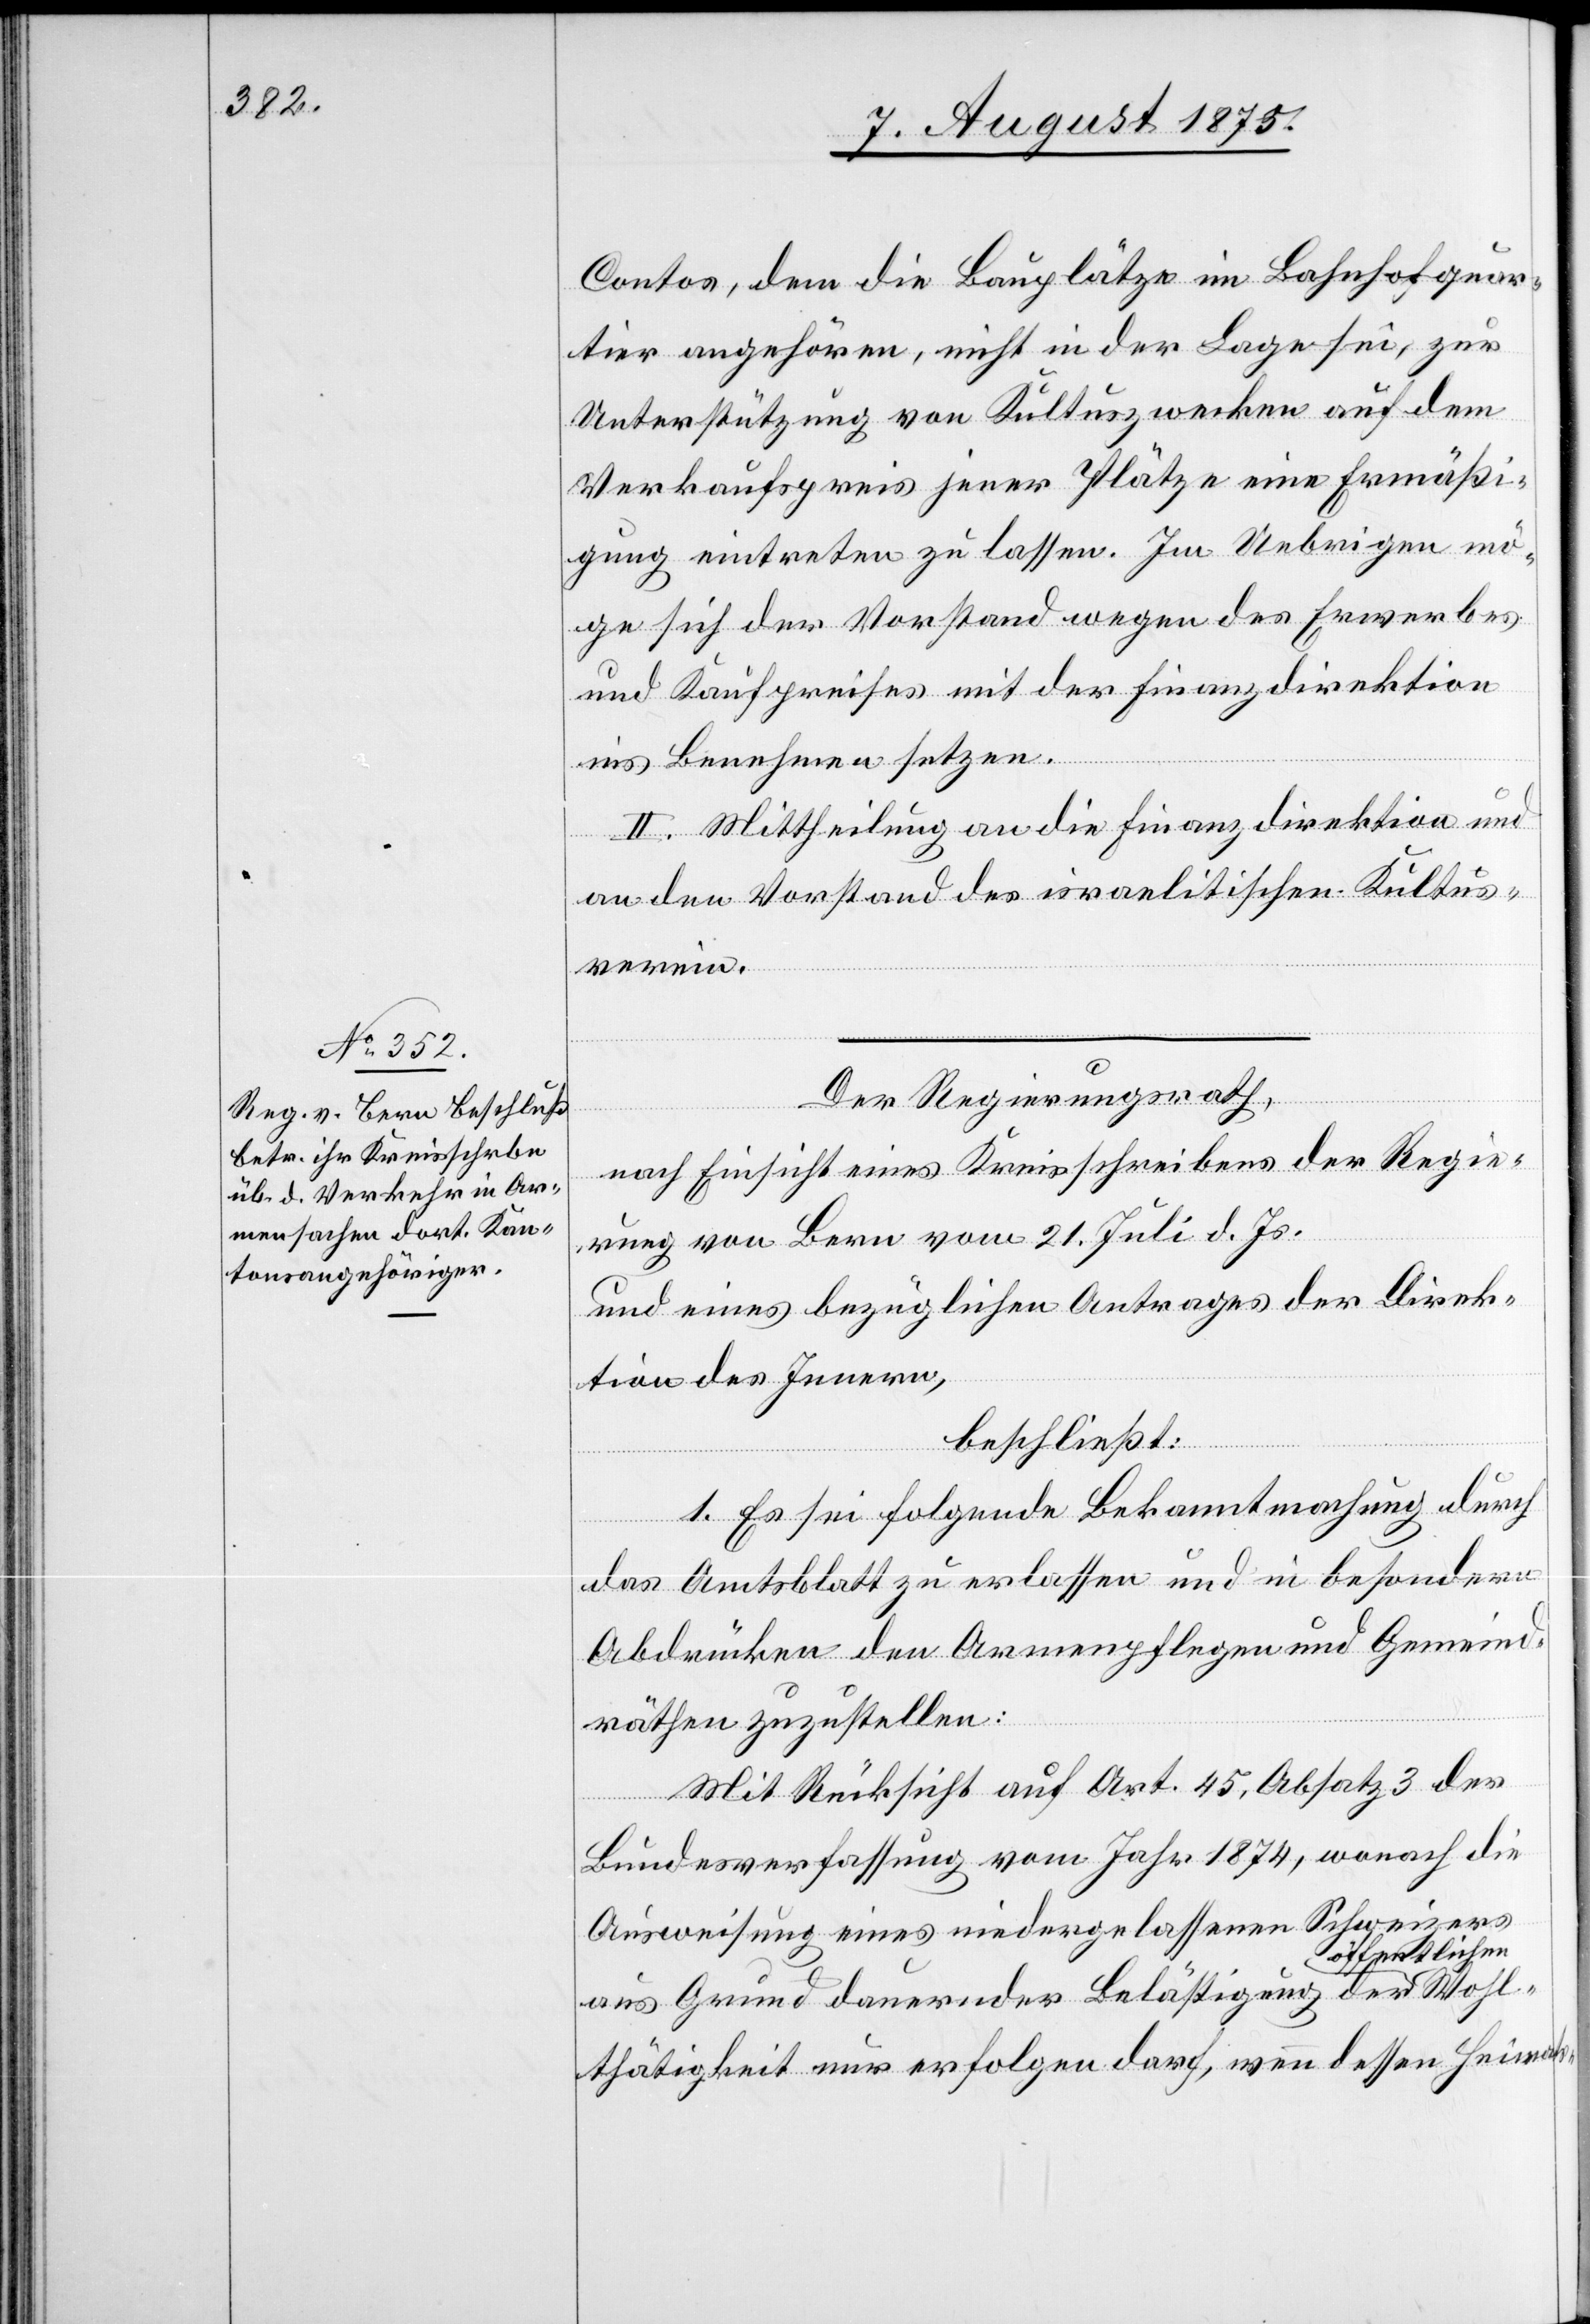
Contos, dem die Bauplätze im Bahnhofquar¬
tier angehören, nicht in der Lage sei, zur
Unterstützung von Kultuszwecken auf dem
Verkaufspreis jener Plätze eine Ermäßi¬
gung eintreten zu lassen. Im Uebrigen mö¬
ge sich der Vorstand wegen des Erwerbes
und Kaufpreises mit der Finanzdirektion
ins Benehmen setzen.
II. Mittheilung an die Finanzdirektion und
an den Vorstand des israelitischen Kultus¬
verein.
Der Regierungsrath,
nach Einsicht eines Kreisschreibens der Regie¬
rung von Bern vom 21. Juli d. Js.
und eines bezüglichen Antrages der Direk¬
tion des Innern,
beschließt:
1. Es sei folgende Bekanntmachung durch
das Amtsblatt zu erlassen und in besondern
Abdrücken den Armenpflegen und Gemeind¬
Wohl¬
räthen zuzustellen:
Mit Rücksicht auf Art. 45 Absatz 3 der
Bundesverfassung vom Jahr 1874. wonach die
Ausweisung eines niedergelassenen Schweizers
ffentlichen
aus Grund dauernder Belästigung der ö¬
thätigkeit nur erfolgen darf, wenn dessen Heimats-